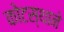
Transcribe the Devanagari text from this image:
कोटस्थाने